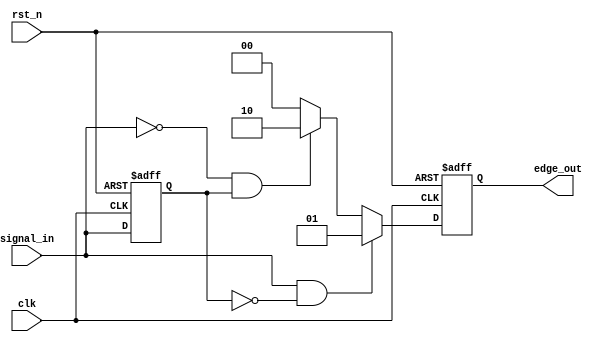
module differential_edge_detector (
    input wire clk,            // Clock input
    input wire rst_n,         // Asynchronous reset (active low)
    input wire signal_in,     // Input signal to be monitored
    output reg [1:0] edge_out // Output signal: 00 = no edge, 01 = rising edge, 10 = falling edge
);

    // State registers
    reg signal_prev;           // Previous state of the input signal

    // Edge detection logic
    always @(posedge clk or negedge rst_n) begin
        if (!rst_n) begin
            // Asynchronous reset
            signal_prev <= 1'b0; // Initialize previous state to 0
            edge_out <= 2'b00;   // Initialize output to no edge
        end else begin
            // Sample current state
            if (signal_in && !signal_prev) begin
                // Rising edge detected
                edge_out <= 2'b01; // Set output to rising edge
            end else if (!signal_in && signal_prev) begin
                // Falling edge detected
                edge_out <= 2'b10; // Set output to falling edge
            end else begin
                // No edge detected
                edge_out <= 2'b00; // Set output to no edge
            end
            
            // Update previous state
            signal_prev <= signal_in;
        end
    end

endmodule